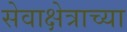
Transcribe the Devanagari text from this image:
सेवाक्षेत्राच्या